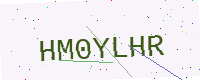
Text: HM0YLHR